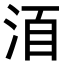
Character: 𣴨